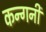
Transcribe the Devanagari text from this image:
कन्गनी